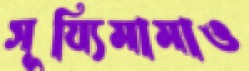
সূয্যিমামাও